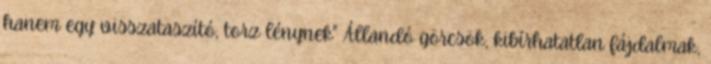
hanem egy visszataszító, torz lénynek" Állandó görcsök, kibírhatatlan fájdalmak,